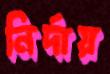
নির্দায়